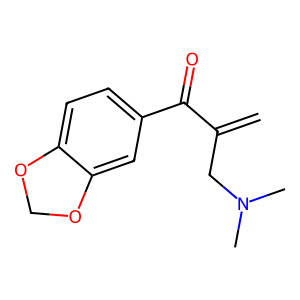
SMILES: C=C(CN(C)C)C(=O)c1ccc2c(c1)OCO2
Inhibits HIV replication: No